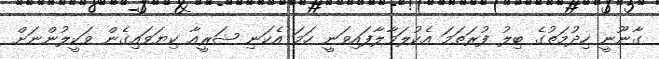
ގާނޫނީ ހިދުމަތުގެ ބިލު ފުރަތަމަ އެކުލަވާލާފައިވަނީ ހަމަ އެކަނި ޝަރީއާ ކިޔަވައިގެން ވަކީލުންނަށް